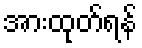
အားထုတ်ရန်